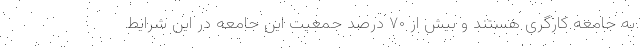
به جامعه کارگری هستند و بیش از ۷۰ درصد جمعیت این جامعه در این شرایط